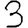
Digit: 3